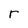
Character: r